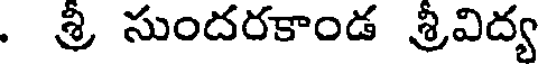
. శ్రీ సుందరకాండ శ్రీవిద్య